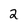
Character: 2